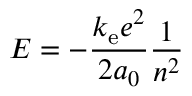
E = - { \frac { k _ { \mathrm { e } } e ^ { 2 } } { 2 a _ { 0 } } } { \frac { 1 } { n ^ { 2 } } }